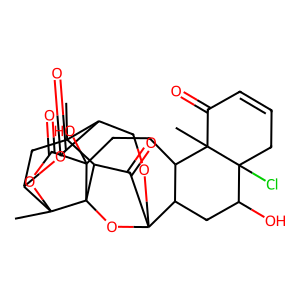
SMILES: CC12CC3OC(=O)C1COC14OC5(C2C1=O)C(O)(CCC1C4CC(O)C2(Cl)CC=CC(=O)C12C)C(=O)OC35C
Inhibits HIV replication: No